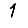
Digit: 1